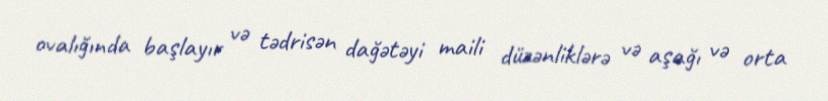
ovalığında başlayır və tədrisən dağətəyi maili düzənliklərə və aşağı və orta